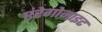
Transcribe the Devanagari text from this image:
एंरेगोनाइट